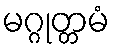
မဂ္ဂုတ္တမံ